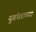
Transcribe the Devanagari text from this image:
युगंधराच्या